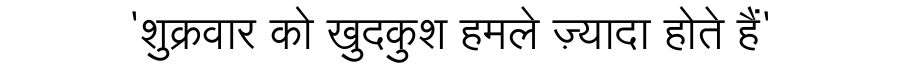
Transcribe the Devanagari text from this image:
'शुक्रवार को खुदकुश हमले ज़्यादा होते हैं'